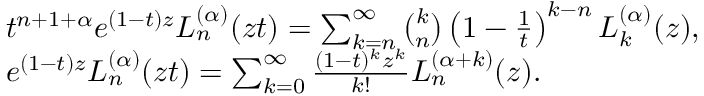
{ \begin{array} { r l } & { t ^ { n + 1 + \alpha } e ^ { ( 1 - t ) z } L _ { n } ^ { ( \alpha ) } ( z t ) = \sum _ { k = n } ^ { \infty } { \binom { k } { n } } \left( 1 - { \frac { 1 } { t } } \right) ^ { k - n } L _ { k } ^ { ( \alpha ) } ( z ) , } \\ & { e ^ { ( 1 - t ) z } L _ { n } ^ { ( \alpha ) } ( z t ) = \sum _ { k = 0 } ^ { \infty } { \frac { ( 1 - t ) ^ { k } z ^ { k } } { k ! } } L _ { n } ^ { ( \alpha + k ) } ( z ) . } \end{array} }